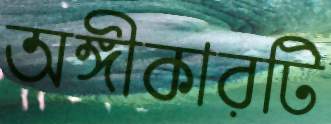
অঙ্গীকারটি